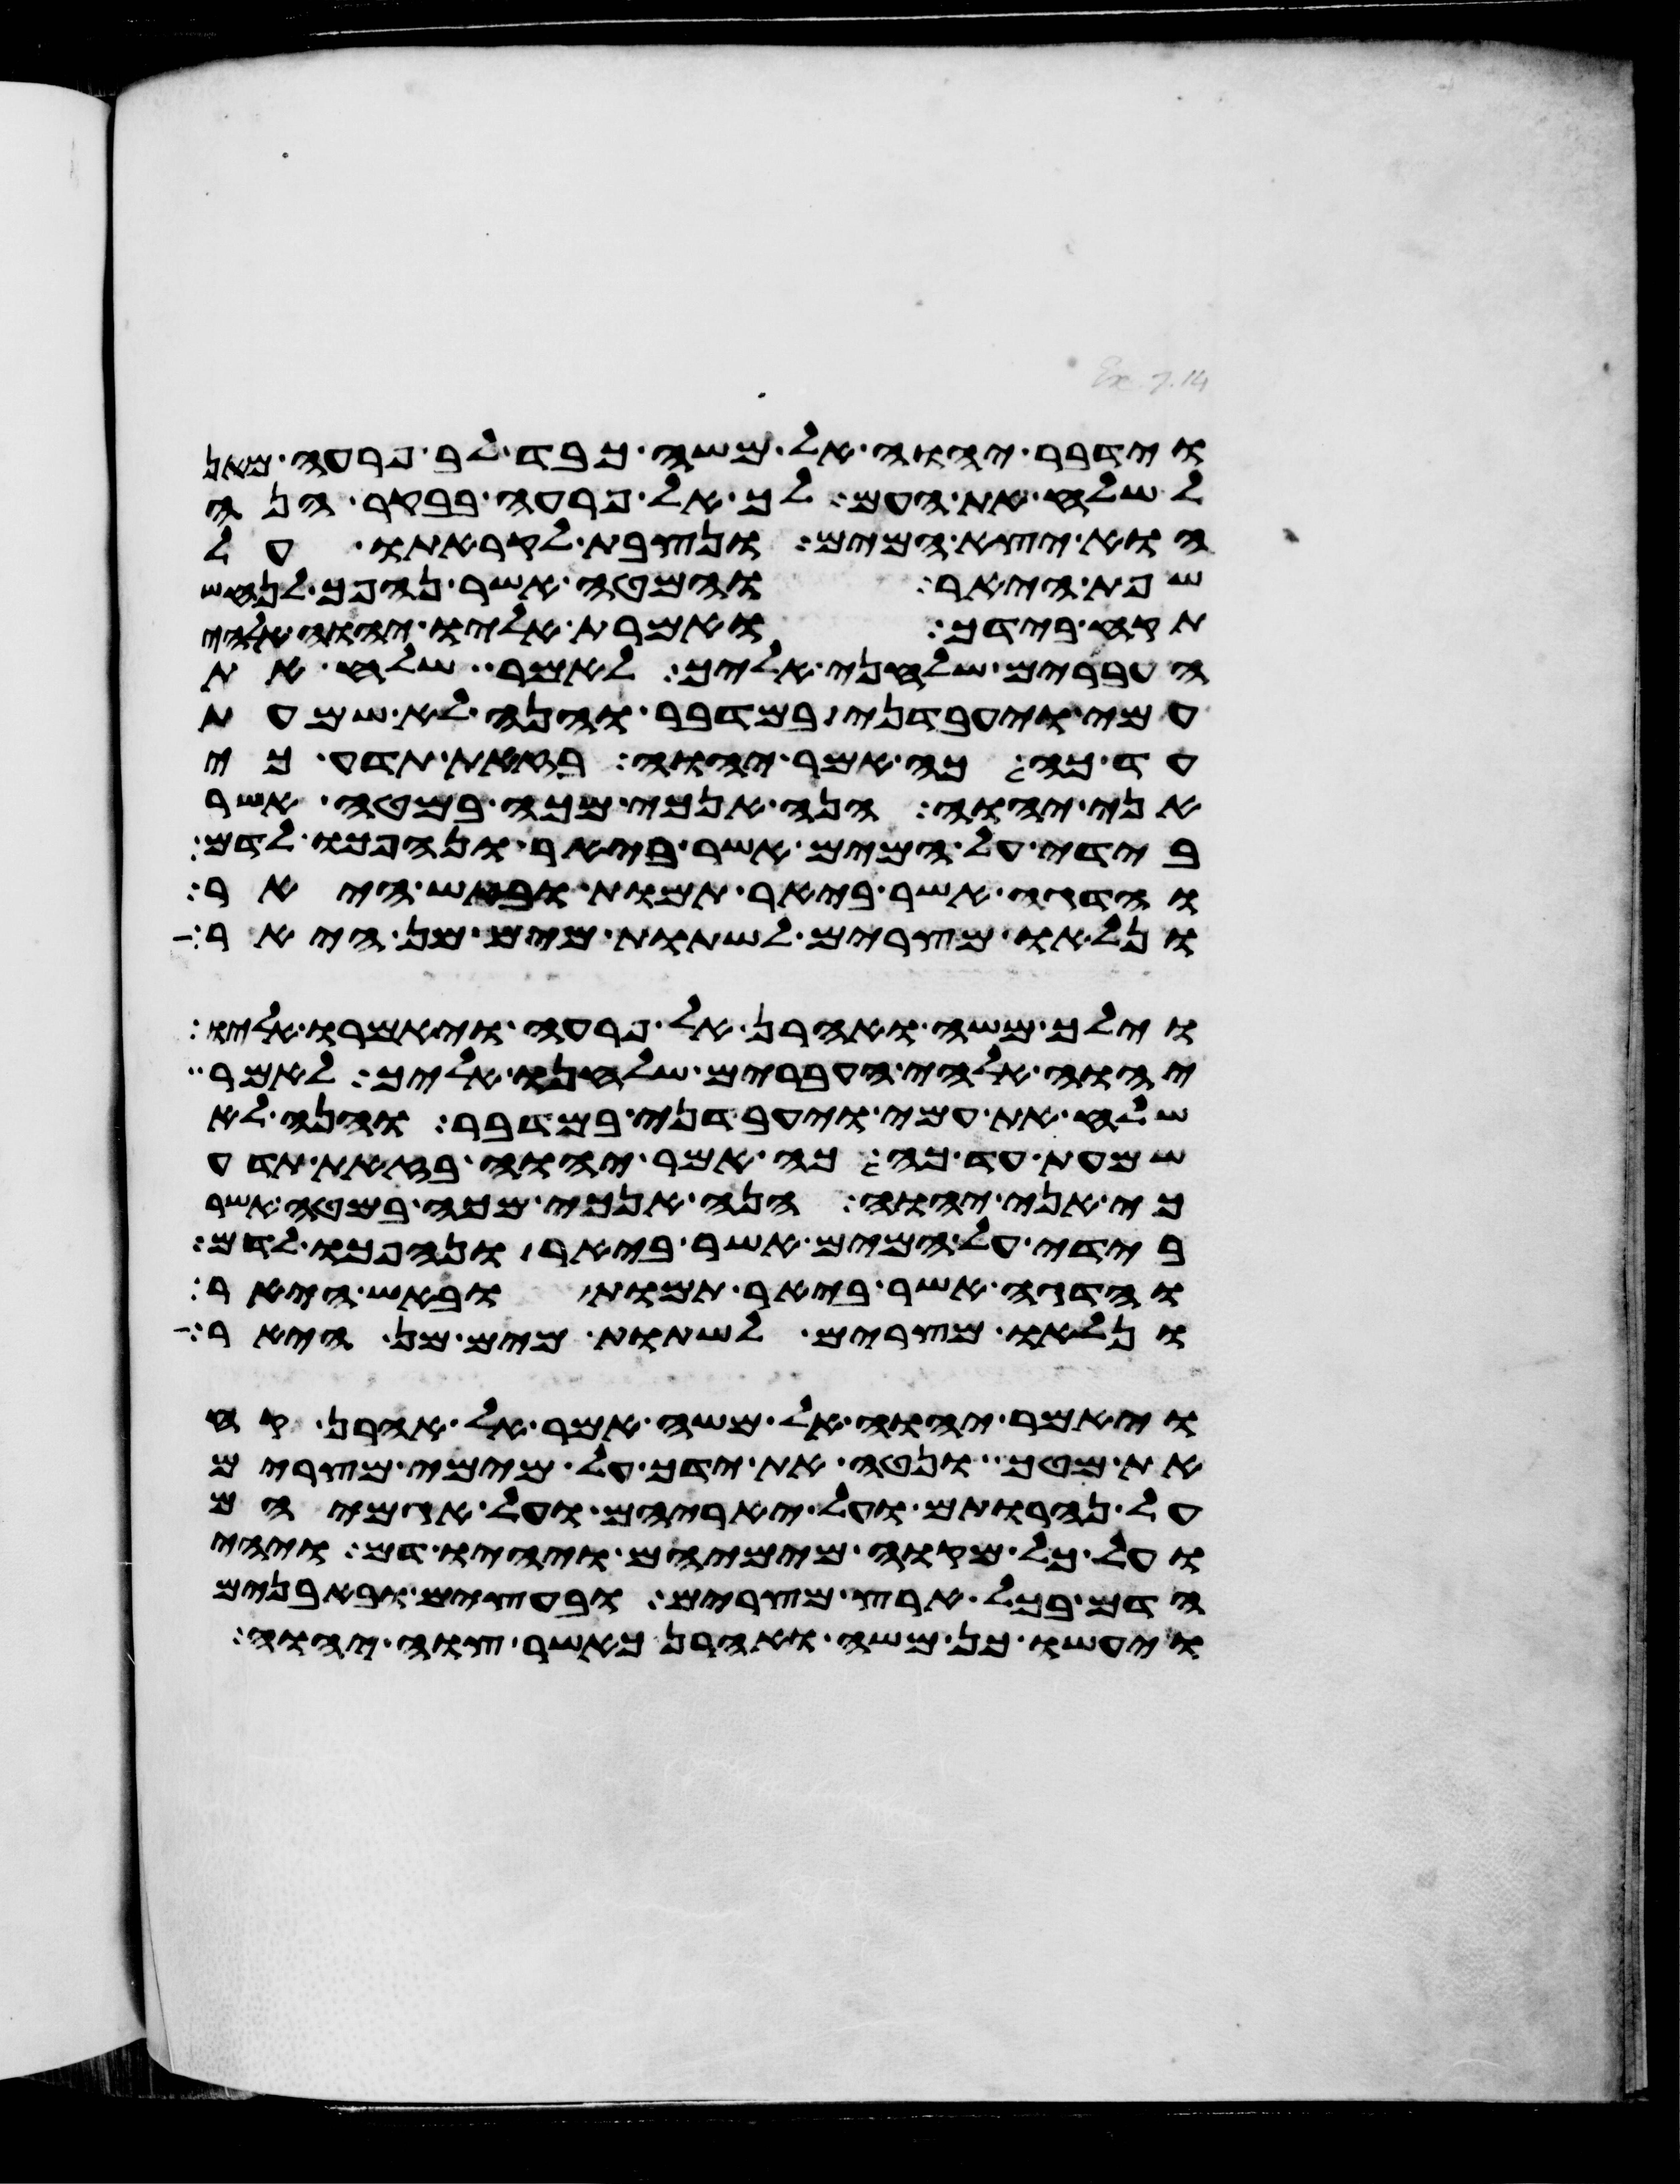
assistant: וידבר יהוה אל משה כבד לב פרעה מאן
לשלח את העם לך אל פרעה בבקר הנה
הוא יצא המים ונצבת לקראתו על
שפת היאר והמטה אשר נהפך לנחש
תקח בידך ואמרת אליו יהוה אלהי
העברים שלחני אליך לאמר שלח את
עמי ויעבדני במדבר והנה לא שמעת
עד כה כה אמר יהוה בזאת תדע כי
אני יהוה הנה אנכי מכה במטה אשר
בידי על המים אשר ביאר ונהפכו לדם
והדגה אשר ביאר תמות ובאש היאר
ונלאו מצרים לשתות מים מן היאר
וילך משה ואהרן אל פרעה ויאמרו אליו
יהוה אלהי העברים שלחנו אליך לאמר
שלח את עמי ויעבדני במדבר והנה לא
שמעת עד כה כה אמר יהוה בזאת תדע
כי אני יהוה הנה אנכי מכה במטה אשר
בידי על המים אשר ביאר ונהפכו לדם
והדגה אשר ביאר תמות ובאש היאר
ונלאו מצרים לשתות מים מן היאר
ויאמר יהוה אל משה אמר אל אהרן קח
את מטך ונטה את ידך על מימי מצרים
על נהרותם ועל יאריהם ועל אגמיהם
ועל כל מקוה מימיהם ויהיו דם ויהי
הדם בכל ארץ מצרים ובעצים ובאבנים
ויעשו כן משה ואהרן כאשר צוה יהוה